Report on vaccination North-West Frontier Province 1904-1922 - 1904-1922
Year: 1904
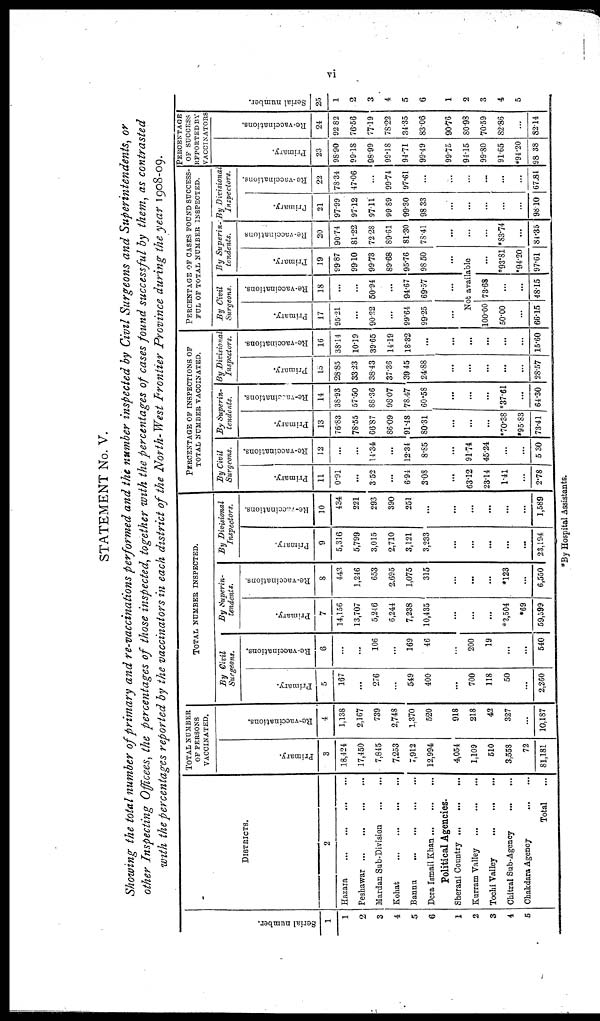
vi
STATEMENT No. V.
Showing the total number of primary and re-vaccinations performed and the number inspected by Civil Surgeons and Superintendents, or
other Inspecting Officees, the percentages of those inspected, together with the percentages of cases found successful by them, as contrasted
with the percentages reported by the vaccinators in each district of the North-West Frontier Province during the year 1908-09.
Serial number.
1
1
2
3
4
5
6
1
2
3
4
5
DISTRICTS.
2
Hazara
...
...
...
...
Peshawar
...
...
...
...
Mardan Sub-Division
...
...
Kohat
...
...
...
...
Bannu
...
...
...
...
Dera Ismail Khan
...
...
...
Political Agencies.
Sherani Country
...
...
...
Kurram Valley
...
...
...
Tochi Valley
...
...
...
Chitral Sub-Agency
...
...
Chakdara Agency ... ...
Total ...
TOTAL NUMBER
OF PERSONS
VACCINATED.
Primary.
3
18,424
17,450
7,845
7,253
7,912
12,994
4,054
1,109
510
3,558
72
81,181
Re-vaccinations.
4
1,138
2,167
739
2,748
1,370
520
918
218
42
327
...
10,187
TOTAL NUMBER INSPECTED.
By Civil
Surgeons.
Primary.
5
167
...
276
...
549
400
...
700
118
50
...
2,260
Re-vaccinations.
6
...
...
106
...
169
46
...
200
19
...
...
540
By Superin-
tendents.
Primary.
7
14,156
13,707
5,246
6,244
7,238
10,435
...
...
...
*2,504
*69
59,599
Re-vaccinations.
8
443
1,246
653
2,695
1,075
315
...
...
...
*123
...
6,550
By Divisional
Inspectors.
Primary.
9
5,316
5,799
3,015
2,710
3,121
3,233
...
...
...
...
...
23,194
Re-vaccinations.
10
434
221
293
390
251
...
...
...
...
...
...
1,589
PERCENTAGE OF INSPECTIONS OF
TOTAL NUMBER VACCINATED.
By Civil
Surgeons.
Primary.
11
0.91
...
3.52
...
6.94
3.08
...
63.12
23.14
1.41
...
2.78
Re-vaccinations.
12
...
...
14.34
...
12.34
8.85
...
91.74
45.24
...
...
5.30
By Superin-
tendents.
Primary.
13
76.83
78.55
66.87
86.09
91.48
80.31
...
...
...
*70.38
*95.83
73.41
Re-vaccinations.
14
38.93
57.50
88.36
98.07
78.47
60.58
...
...
...
*37.61
...
64.30
By Divisional
Inspectors.
Primary.
15
28.85
33.23
38.43
37.36
39.45
24.88
...
...
...
...
...
28.57
Re-vaccinations.
16
38.14
10.19
39.65
14.19
18.32
...
...
...
...
...
...
15.60
PERCENTAGE OF CASES FOUND SUCCESS-
FUL OF TOTAL NUMBER INSPECTED.
By Civil
Surgeons.
Primary.
17
95.21
...
90.22
...
99.64
99.25
...
Re-vaccinations.
18
...
...
50.94
...
94.67
69.57
...
By Superin-
tendents.
Primary.
19
99.87
99.10
99.73
89.68
95.76
98.50
...
Not available
100.00
50.00
...
66.15
73.68
...
...
48.15
...
*93.81
*94.20
97.61
Re-vaccinations
20
90.74
81.22
72.28
89.61
81.30
78.41
...
...
*83.74
...
84.35
By Divisional
Inspectors.
Primary.
21
97.99
97.12
97.11
99.89
99.30
98.33
...
...
...
...
...
98.10
Re-vaccinations.
22
78.34
47.06
...
99.74
97.61
...
...
...
...
...
...
67.84
PERCENTAGE
OF SUCCESS
REPORTEDBY
VACCINATORS
Primary.
23
98.90
99.18
98.99
99.18
94.71
99.49
99.75
94.15
99.80
91.65
*94.20
98.38
Re-vaccinations.
24
92.82
76.56
77.19
78.22
34.35
83.06
90.76
80.98
70.59
82.86
...
82.14
Serial number.
25
1
2
3
4
5
6
1
2
3
4
5
*By Hospital Assistants.